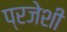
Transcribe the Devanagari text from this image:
प्रजेशी